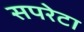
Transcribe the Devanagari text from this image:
सपरेटा